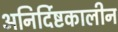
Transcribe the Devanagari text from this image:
अनिर्दिष्टकालीन